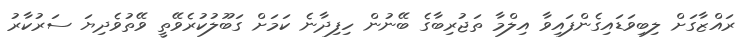
ރައްޒާގަށް ލިބިވަޑައިގެންފައިވާ އިލްމާ ތަޖުރިބާގެ ބޭނުން ހިފިދާނެ ކަމަށް ގަބޫލުކުރެވޭތީ ވޭތުވެދިޔަ ސަރުކާރު